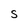
Character: S